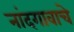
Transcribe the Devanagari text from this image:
नांदगावाचे